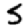
Digit: 5